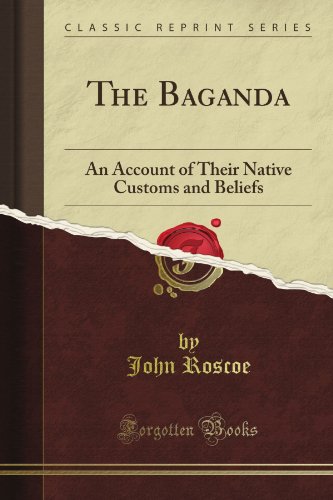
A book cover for The Baganda: An Account of Their Native Customs and Beliefs (Classic Reprint); John Roscoe; Politics & Social Sciences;